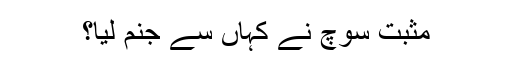
مثبت سوچ نے کہاں سے جنم لیا؟